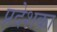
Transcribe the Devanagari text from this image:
प्रदेशका